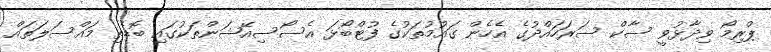
ޕްރިމޯ ވިދާޅުވީ ސާކް ސަރަހައްދުގެ އެހެން ގައުމުތަކުގެ ފުޓްބޯޅަ އެސޯސިއޭޝަންތަކުގައި ބޮޑެތި މައްސަލަތައް